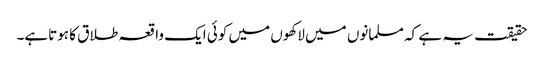
حقیقت یہ ہے کہ مسلمانوں میں لاکھوں میں کوئی ایک واقعہ طلاق کا ہوتاہے۔